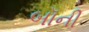
બૉની